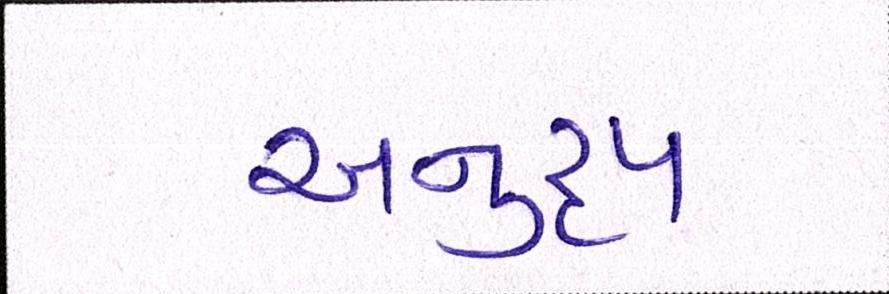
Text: અનુરૃપ